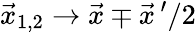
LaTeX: \vec{x}_{1,2}\rightarrow\vec{x}\mp\vec{x}\, ^{\prime}/2